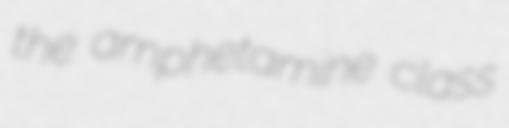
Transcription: the amphetamine class